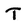
Character: T